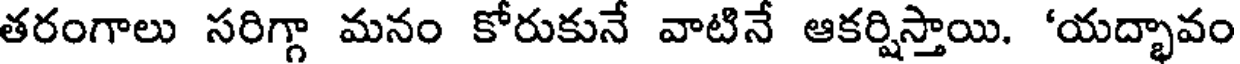
తరంగాలు సరిగ్గా మనం కోరుకునే వాటినే ఆకర్షిస్తాయి. 'యద్భావం